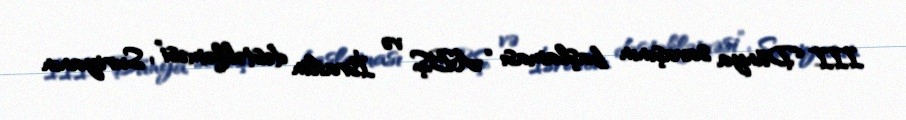
III Dünya savaşının başlaması “ABŞ və İsrailin dəstəkləməsi”, Suriyanın